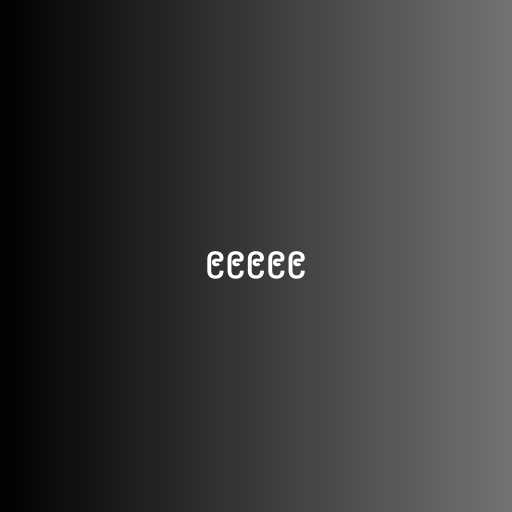
၉၉၉၉၉